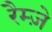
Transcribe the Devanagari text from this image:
रैम्ज़े